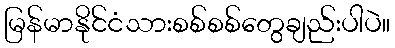
မြန်မာနိုင်ငံသားစစ်စစ်တွေချည်းပါပဲ။